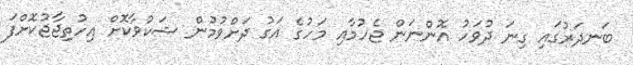
ބަނދަރުގައި ގިނަ ދުވަހު އޮންނަން ޖެހުމާއި މަހުގެ އަގު ދަށްވުމުން ޝަކުވާކޮށް އިހުތިޖާޖުކޮށްފަ